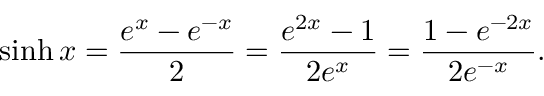
\sinh x = { \frac { e ^ { x } - e ^ { - x } } { 2 } } = { \frac { e ^ { 2 x } - 1 } { 2 e ^ { x } } } = { \frac { 1 - e ^ { - 2 x } } { 2 e ^ { - x } } } .